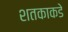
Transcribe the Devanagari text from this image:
शतकाकडे